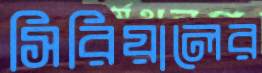
সিরিয়ালের